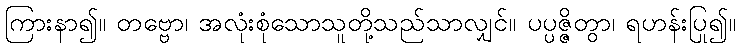
ကြားနာ၍။ တဗ္ဗော၊ အလုံးစုံသောသူတို့သည်သာလျှင်။ ပပ္ပဇ္ဇိတွာ၊ ရဟန်းပြု၍။